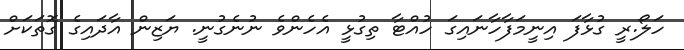
ހަލޯ.ރީ ގުޅާފަ އިނީމަފާހާނައިގަ ހުއްޓާ ތިގުޅީ އެހެންވެ ނުނެގުނީ. ޔަޒިން އާދައިގެ ގޮތަކަށް